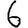
Digit: 6